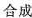
合成